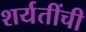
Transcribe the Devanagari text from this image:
शर्यतींची